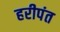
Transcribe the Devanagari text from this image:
हरीपंत